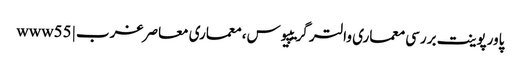
پاورپوینت بررسی معماری والتر گریپیوس، معماری معاصر غرب | www55